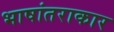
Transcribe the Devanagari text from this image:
भाषांतराकार